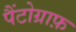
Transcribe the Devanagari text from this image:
पैंटोग्राफ़